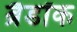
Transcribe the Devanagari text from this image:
ब्रैडॉक